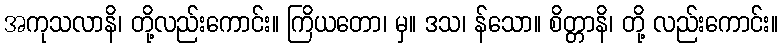
အကုသလာနိ၊ တို့လည်းကောင်း။ ကြိယတော၊ မှ။ ဒသ၊ န်သော။ စိတ္တာနိ၊ တို့ လည်းကောင်း။